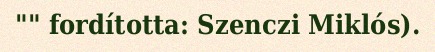
"" fordította: Szenczi Miklós).